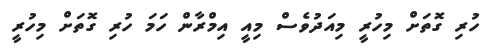
ހުރި ގޮތަށް މިހުރީ މިއަދުވެސް މިއީ އިމްރާން ހަމަ ހުރި ގޮތަށް މިހުރީ